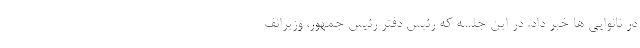
در نانوایی ها خبر داد. در این جلسه که رئیس دفتر رئیس جمهور، وزیرانف